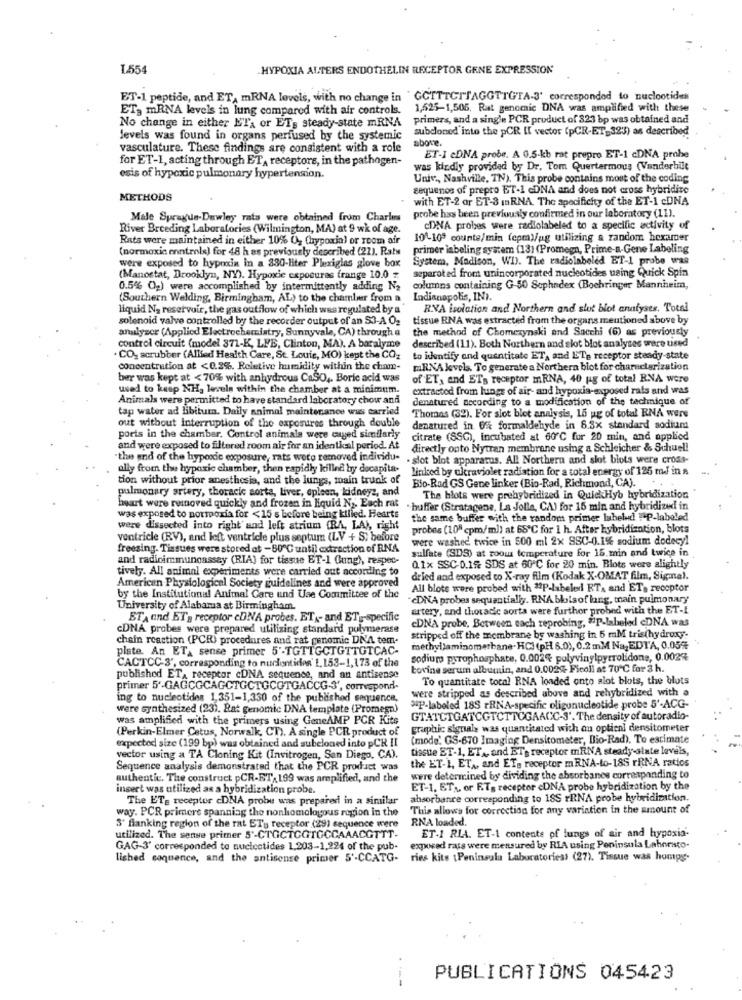
1.554
HYPOXIA ALTERS ENDOTHELIN RECEPTOR GENE EXPRESSION
ET-1 peptide, and ET, mRNA levels, with no change in " GCTTTCTTAGGTTGTA-3' corresponded to nucleotides
ET3 mRNA levels in lung compared with air controls.
1,525-1,505, Rat genomic DNA was amplified with these
No change in either ETa or ETs steady-state mRNA
primers, and a single PCR product of 323 bp was obtained and
subcloned into the pCR [[ vector (pCR-ET 323) as described
levels was found in organs perfused by the systemic
above.
vasculature. These findings are consistent with a role
for ET-1, acting through ET, receptors, in the pathogen-
ET-1 cDNA probe. A 0.5-kb rat prepro ET-1 cDNA prohe
was kindly provided by Dr. Tom Quertermous (Vanderbilt
esis of hypoxic pulmonary hypertension.
Univ ., Nashville, TN). This probe contains most of the coding
cequenos of prepro BT-1 cDNA and does not cross hybridite
METHODS
with ET-2 or ET-3 InRNA, The specificity of the ET-1 cDNA
Male Sprague-Dawley rata were obtained from Charles
probe has been previously confirmed in our laboratory (LI).
River Breeding Laboratories (Wilmington, MA) at 9 wk of age.
CDNA probes were radiolabeled to a specific activity of
Rats were maintained in either 10% U, (hypoxia) or room air
104109 counte/min (epml/ug utilizing a random hexamer
(normaxis enntrols) for 48 h es previously described (21). Rats
primer labeling system (13) (Promegn, Prime-a-Gene Labeling
were exposed to hypoxia in a 330-liter Plexiglas glove box
System, Madison, WI). The radiolabeled ET-1 probe was
separated from unincorporated nucleotides using Quick Spin
(Manostat, Drooklyn, NY). Hypoxie exposures frange 10.0 z
0.5% O2) were accomplished by intermittently adding N2
columns containing G-50 Sophedex (Bochringer Mannheim,
(Southern Welding, Birmingham, AL) to the chamlur from a
Indianapolis, IN ?.
liquid Na reservoir, the gas outflow of which was regulated by a
RVA isolation and Northern and slut blot analyses. Total
solenoid valve controlled by the recorder output of an $3-A 02
tissue RNA was extracted from the organs mentioned above by
analyzer (Applied Electrochemistry, Sunnyvale, CA) through a
the method of Chomczynski and Sacchi (6) as previously
control circuit (model 371-K, LFB, Clinton, MA). A baralyme
described (11). Both Northern and slot blot analyses were used
CO2 scrubber (Allied Health Care, St. Louis, MO) kept the COz
to identify and quentitate ET, and ETp receptor steady-state
concentration at <0.2%. Relative humidity within the cham-
mRNA levels. To generate a Northern blot for characterization
ber was kept at < 70% with anhydrous CaSO ,. Boric acid was
of ET, and ET's receptor mRNA, 40 ug of total RNA were
used to keep NH, levels within the chamber at a minimum.
extracted from lungs of air- and hypoxia-exposed rals and was
Animals were permitted to have standard laboratory chow and
denatured according to a modification of the technique of
tap water ad libituma. Daily animal maintenance was carried
Thomas (32). For slot blot analysis, 16 ug of total RNA were
out without interruption of the exposures through double
denatured in 6% formaldehyde in 8.5x standard sodium
ports in the chamber. Control animals were cuyed similarly
citrate (SSC), incubated at 60℃ for 20 min, and applied
and were exposed to filtered room air for an identical period. At
directly onto Nytran membrane using a Schleicher & Schuel!
"the end of the hypoxic exposure, rats were removed individu-
· slot blot apparatus. All Northern and slot blots were cross-
ally from the hypoxic chamber, then rapidly killed by decapita-
linked by ultraviolet radiation for a total energy of 125 m.J in a
tion without prior anesthesia, and the lungs, main trunk of
Bio-Rad GS Gene linker (Bio-Rad, Richmond, CA).
pulmonary artery, thoracic sorta, Liver, epleen, kidneys, and
The blots were prehybridized in QuickHyb hybridization
heart were ruinoved quickly and frozen in liquid N". Each rat
huffer (Stratagene, La Jolla, CA) for 15 min and hybridized in
was exposed to portoxia for <15 s before being kilied. Hearts
the same buffer with the random primer labelud! ! AP-labeled
were dissected into right' and left atrium (RA, LA), right
probes (108 cpm/ml) at 68'℃ for 1 h. After hybridization, blots
ventricle (RV), and left ventricle plus septum (LV + S) before
were washed twice in 500 ml 2x SSC-0.1% sodium dodecyl
freezing. Tissues were stored at - 80℃ until extraction of RNA
sulfate (SDS) at room temperature for 15 min and twice in
and radioimmunoassay (RIA) for tissue ET-1 Cung), respec-
tively. All animal experiments were carried out according to
0.1x SSC-0.1% SDS at 60℃ for 20 min. Blots were alightly
dried and exposed to X-ray film (Kodak X-OMAT film, Sigma).
American Physiological Society guidelines and were approved
All blote were probed with #P-labeled RT, and ET. receptor
by the Institutional Animal Care und Use Committee of the
"cDNA probes sequentially. RNA bloisof lang, main pulmonary
University of Alabama at Birmingham.
artery, and thoracic aorta were further probed with the ET-L
ETA and ET's receptor cDNA probes. ET - and ETy-specific
EDNA probe, Between each reprobing, @P-labeled cDNA was
CDNA probes were prepared utilizing standard polymerase
chain reaction (PCR) procedures and rat genomic DNA tem-
stripped off the membrane by washing in 5 mM tris(hydroxy.
plate. An ETA sense primer 5'-TGTTGCTGTTGTCAC-
methyllaminomerbane. HC3 (pH 8.0), 0.2 mM Na, EDTA, 0.05%
CACTCC- 3', corresponding to nuddontiden 1, 153-1,173 of the
sodium pyrophosphate, 0.002% polyvinylpyrrolidone, 0.002%
bovine serum albumin, and 0.002% Ficoll at 70℃ for 3 h.
published ETA receptor cDNA sequence, and an antisense
To quantitate total RNA loaded onto alot blots, the blots
primer 5'-GAGCGCAGCTGCTGCOTGACCG-3', correspond-
were stripped as described above and rehybridized with a
ing to nucleotides 1,351-1,330 of the published sequence,
were synthesized (23). Bat genomic DNA template (Promegn)
>P-labeled 18S rRNA-specific oligunucleotide probe 5'-ACG-
was amplified with the primers using GeneAMP PCR Hits
GTATCTGATCGTCTTCGAACC-3'. The density of autoradio-
(Perkin-Elmer Catus, Norwalk, CT). A single PCR product of
graphic signals was quantitated with an optical densitometer
(mode' GS-670 Imaging Densitometer, Bio-Rad). To estimate
expected size (199 bp) was obtained and subeloned into pCR II
tissue ET-1, ET ., and BT- receptor mRNA steady-state levels,
vector using a TA Cloning Kit (Invitrogen, San Diego, CA).
the ET-1, ETA, and ETp receptor m RNA-to-185 rRNA ratios
Sequence analysis demonstrated that the PCR product was
authentic. The construct pCR-ET, 199 was amplified, and the
were determined by dividing the absorbanes corresponding to
insert was utilized as a hybridization probe.
ET-1. ET ,, or E.T. receptor cDNA probe hybridization by the
The ET receptor cDNA probu was prepared in a similar
absorbance corresponding to 18S rRNA probe hybridization.
way. PCR primere spanning the nonhomologous region in the
This allows for correction for any variation in the amount of
RNA loaded.
S' flanking region of the rat ET's receptor (29) sequence were
utilized. The sense primer 5'-CTGCTGGTOCCAAACGTTT.
ET-1 RIA. ET-1 contente of lungs of air and hypoxia-
GAG-3' corresponded to nucleotides 1,203-1,224 of the pub-
exposed rass were measured by RIA using Peninsula Lahorasto-
lished coquence, and the antisense primer 5'-CCATG.
ries kits [Peninsula Laboratoriess (27), Tissue was homps.
---
PUBLICATIONS 045423